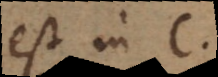
est in C.